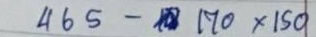
465 - 170 x 150